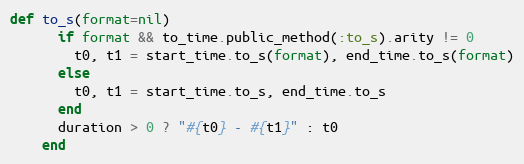
Language: Ruby
def to_s(format=nil)
      if format && to_time.public_method(:to_s).arity != 0
        t0, t1 = start_time.to_s(format), end_time.to_s(format)
      else
        t0, t1 = start_time.to_s, end_time.to_s
      end
      duration > 0 ? "#{t0} - #{t1}" : t0
    end